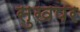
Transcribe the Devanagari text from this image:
सुखपर